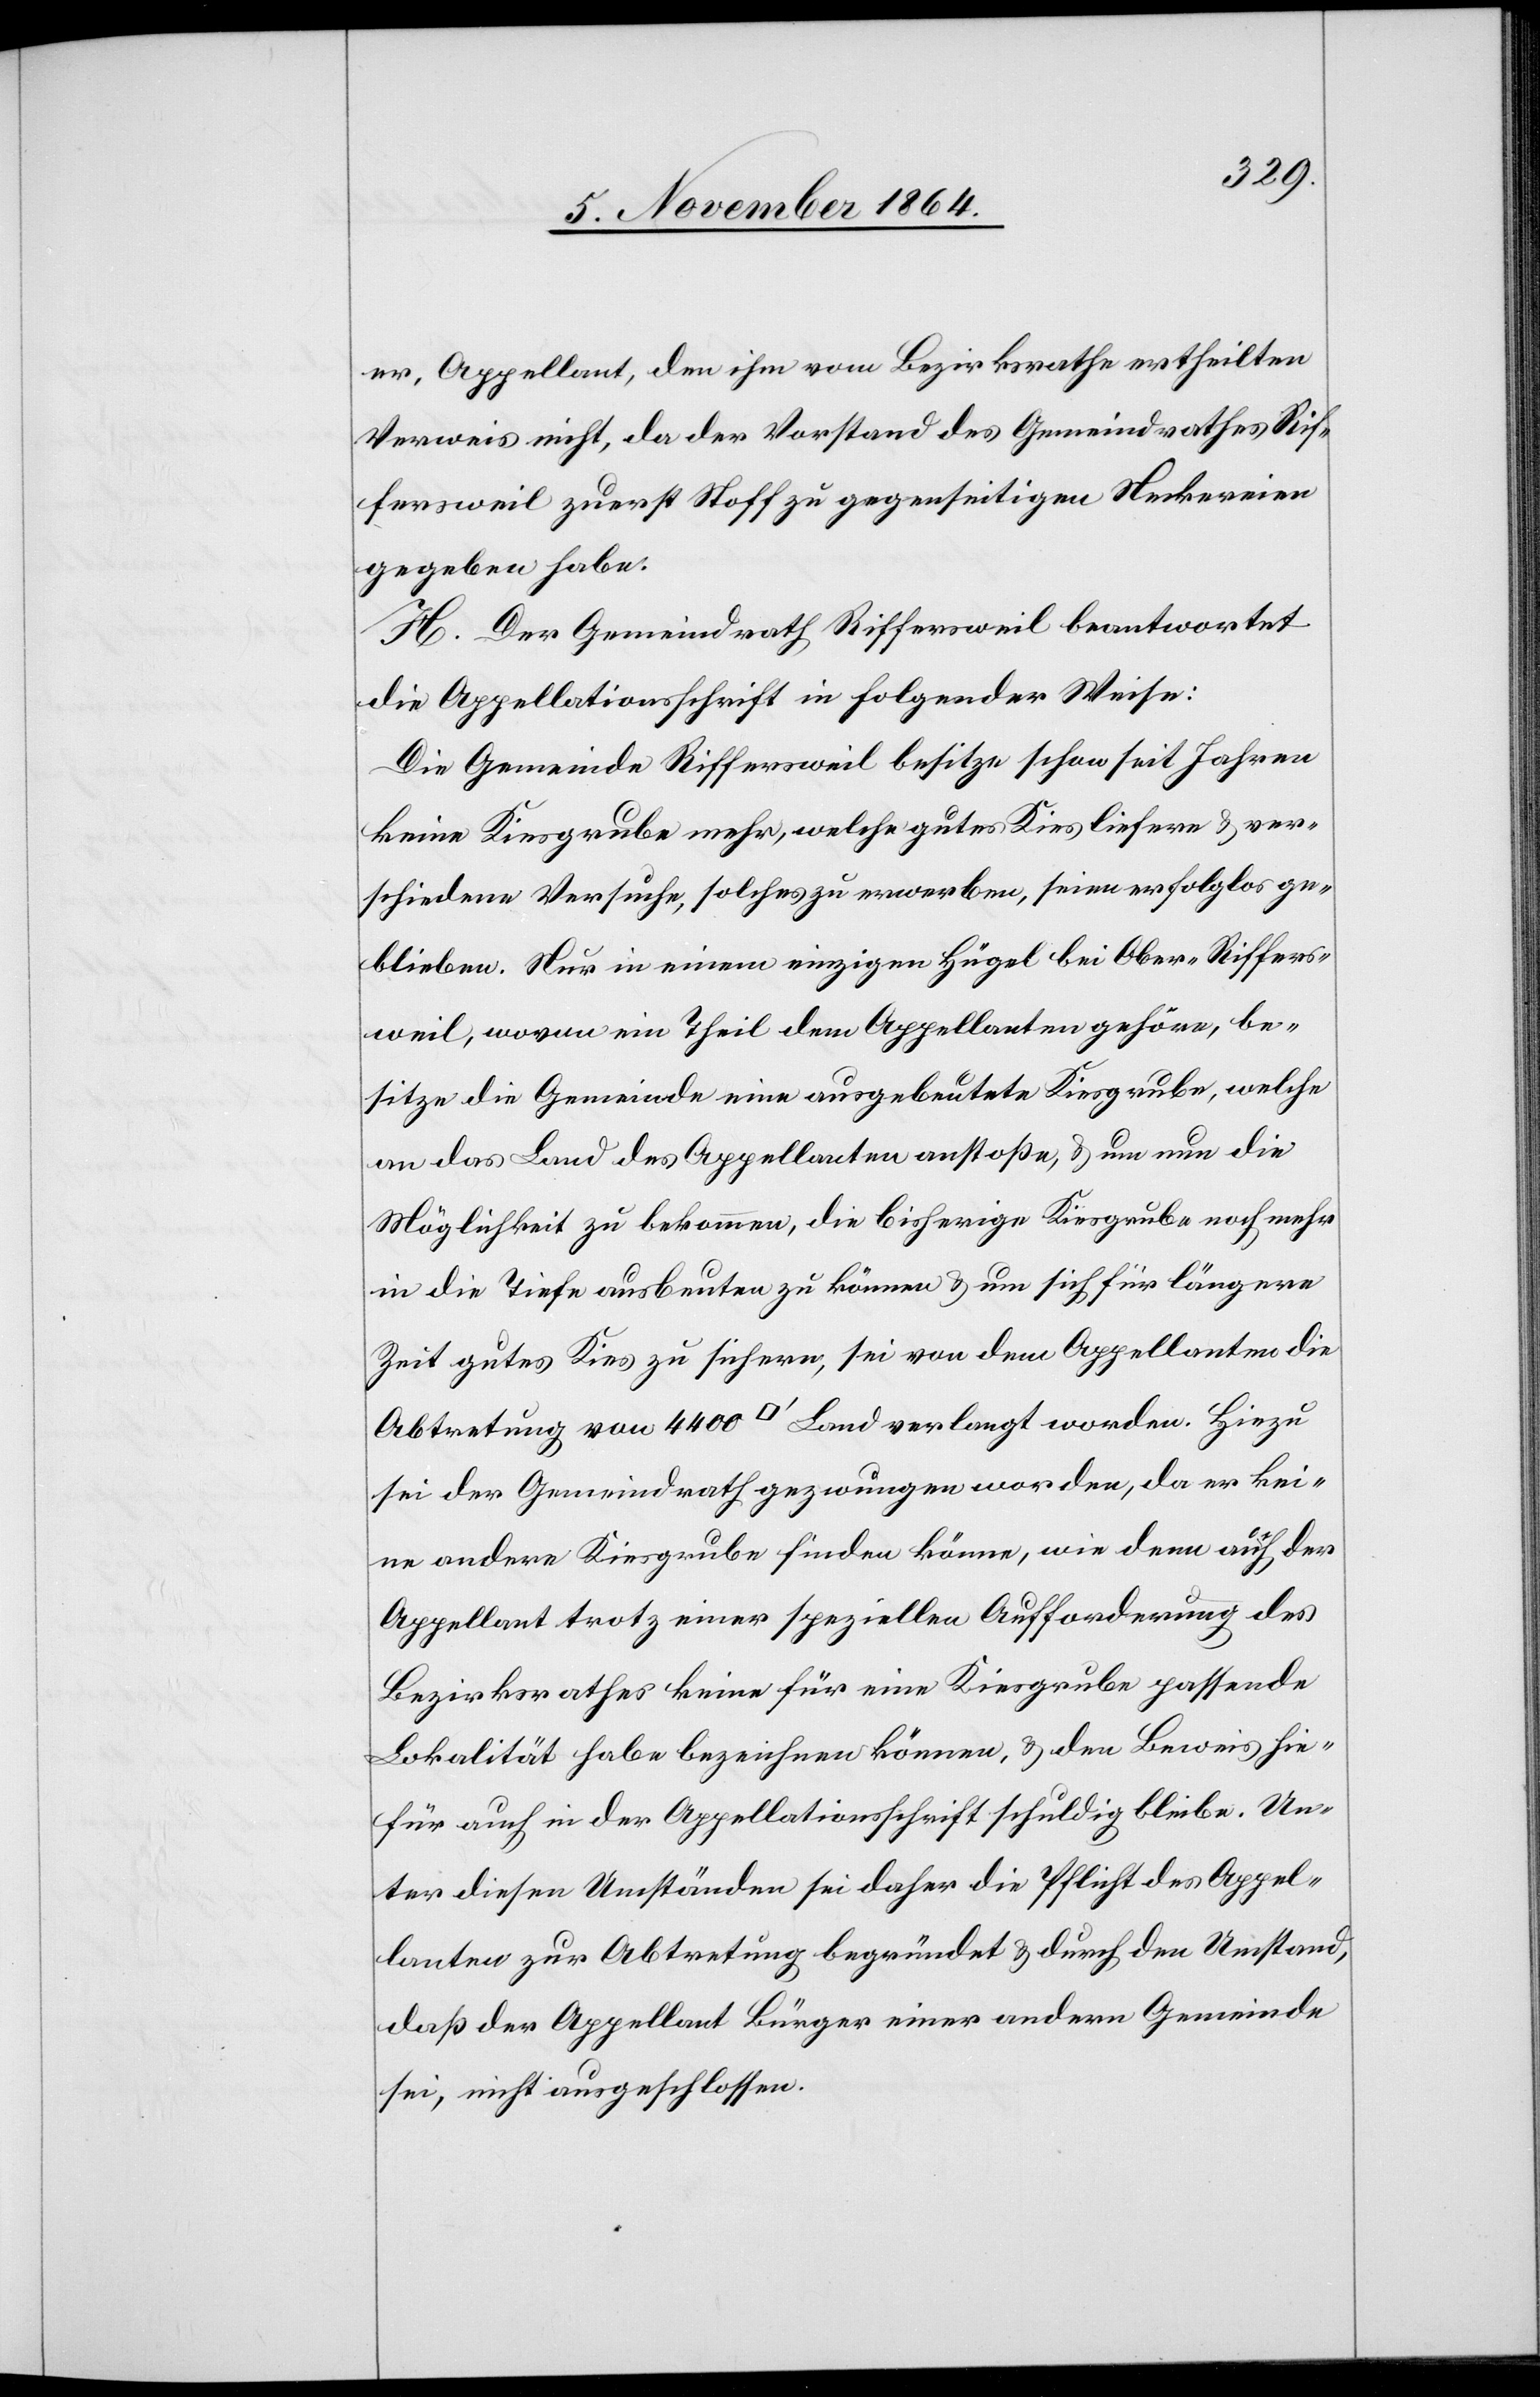
er, Appellant, den ihm vom Bezirksrathe ertheilten
Verweis nicht, da der Vorstand des Gemeindrathes Rif¬
fersweil zuerst Stoff zu gegenseitigen Neckereien
gegeben habe.
H. Der Gemeindrath Riffersweil beantwortet
die Appellationsschrift in folgender Weise:
Die Gemeinde Riffersweil besitze schon seit Jahren
keine Kiesgrube mehr, welche gutes Kies liefere & ver¬
schiedene Versuche, solches zu erwerben, seien erfolglos ge¬
blieben. Nur in einem einzigen Hügel bei Ober-Riffers¬
weil, wovon ein Theil dem Appellanten gehöre, be¬
sitze die Gemeinde eine ausgebeutete Kiesgrube, welche
an das Land des Appellanten anstoße, & um nun die
Möglichkeit zu bekommen, die bisherige Kiesgrube noch mehr
in die Tiefe ausbeuten zu können & um sich für längere
Zeit guten Kies zu sichern, sei von dem Appellanten die
Abtretung von 4000 [Quadratfuss] Land verlangt worden. Hiezu
sei der Gemeindrath gezwungen worden, da er kei¬
ne andere Kiesgrube finden könne, wie denn auch der
Appellant trotz einer speziellen Aufforderung des
Bezirksrathes keine für eine Kiesgrube passende
Lokalität habe bezeichnen können, & den Beweis hie¬
für auch in der Appellationsschrift schuldig bleibe. Un¬
ter diesen Umständen sei daher die Pflicht des Appel¬
lanten zur Abtretung begründet & durch den Umstand,
daß der Appellant Bürger einer andern Gemeinde
sei, nicht ausgeschlossen.